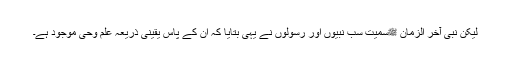
لیکن نبی آخر الزمان ﷺسمیت سب نبیوں اور رسولوں نے یہی بتایا کہ ان کے پاس یقینی ذریعہ علم وحی موجود ہے۔